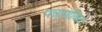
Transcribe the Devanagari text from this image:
पन्नागांकित